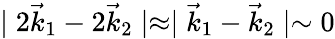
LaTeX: \mid 2\vec{k}_{1}-2\vec{k}_{2}\mid\approx\mid\vec{k}_{1}-\vec{k}_{2}\mid\sim 0